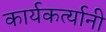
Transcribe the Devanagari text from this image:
कार्यकर्त्‍यानी